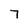
Character: 7